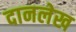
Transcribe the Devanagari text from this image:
दानलेख